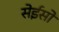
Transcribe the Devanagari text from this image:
सेईसो